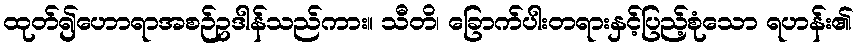
ထုတ်၍ဟောရာအစဉ်ဥဒါန်သည်ကား။ သီတိ၊ ခြောက်ပါးတရားနှင့်ပြည့်စုံသော ရဟန်း၏